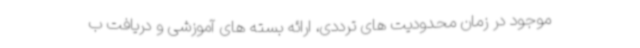
موجود در زمان محدودیت های ترددی، ارائه بسته های آموزشی و دریافت ب